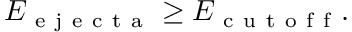
E _ { \mathrm { ~ e ~ j ~ e ~ c ~ t ~ a ~ } } \geq E _ { \mathrm { ~ c ~ u ~ t ~ o ~ f ~ f ~ } } .